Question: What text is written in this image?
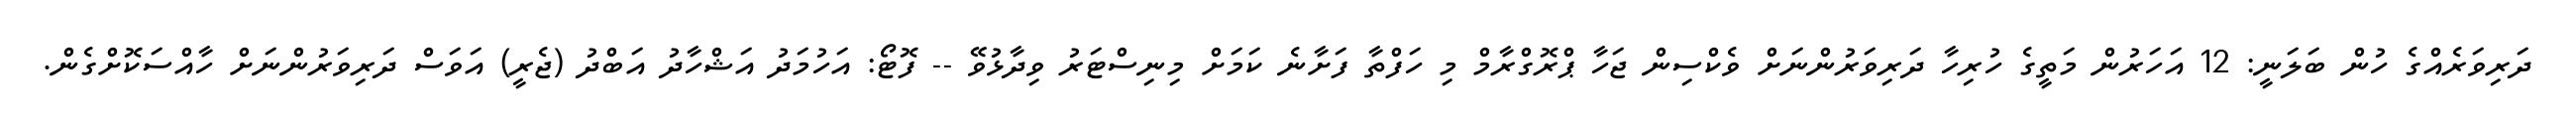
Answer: ދަރިވަރެއްގެ ހުން ބަލަނީ: 12 އަހަރުން މަތީގެ ހުރިހާ ދަރިވަރުންނަށް ވެކްސިން ޖަހާ ޕްރޮގްރާމް މި ހަފްތާ ފަށާނެ ކަމަށް މިނިސްޓަރު ވިދާޅުވޭ -- ފޮޓޯ: އަހުމަދު އަޝްހާދު އަބްދު (ޖެރީ) އަވަސް ދަރިވަރުންނަށް ހާއްސަކޮށްގެން.